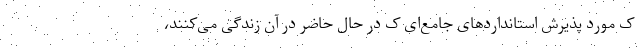
ک مورد پذیرش استانداردهای جامع‌ای ک در حال حاضر در آن زندگی می‌کنند،